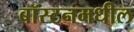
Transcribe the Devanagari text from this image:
बॉस्टनमधील